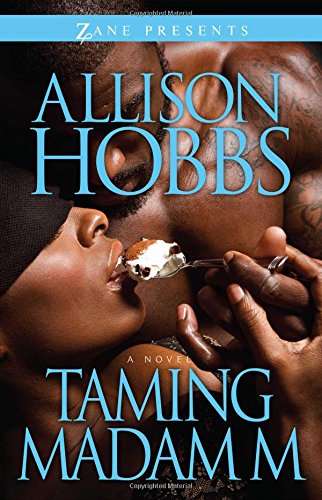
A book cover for Taming Madam M; Allison Hobbs; Romance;